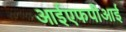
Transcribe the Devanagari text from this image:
आईएफपीआई